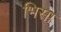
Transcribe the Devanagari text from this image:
भिसा